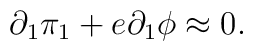
\partial _{1}\pi _{1}+e\partial _{1}\phi \approx 0.